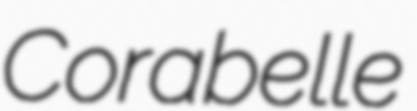
Corabelle